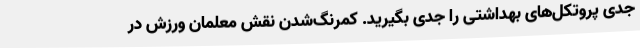
جدی پروتکل‌های بهداشتی را جدی بگیرید. کمرنگ‌شدن نقش معلمان ورزش در